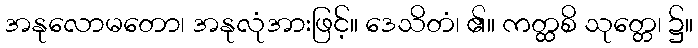
အနုလောမတော၊ အနုလုံအားဖြင့်။ ဒေသိတံ၊ ၏။ ကတ္ထစိ သုတ္တေ၊ ၌။